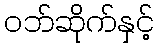
ဝဘ်ဆိုက်နှင့်